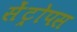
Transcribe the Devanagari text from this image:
सेंट्रोपस